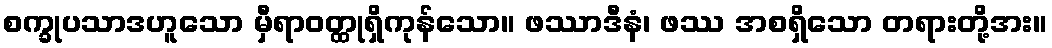
စက္ခုပသာဒဟူသော မှီရာဝတ္ထုရှိကုန်သော။ ဖဿာဒီနံ၊ ဖဿ အစရှိသော တရားတို့အး။